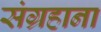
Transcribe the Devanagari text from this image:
संग्रहाना